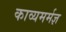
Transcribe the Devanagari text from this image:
काव्यमर्मज्ञ